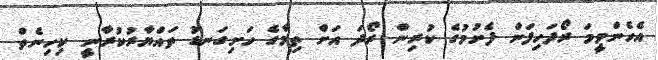
އެހެންވީމަ ރޯދަހިފަން ފެށުމުގެ ކުރިން ރޯދަ އަށް ތިމާގެ ހަށިގަނޑު ތައްޔާރުކުރާނީ ކިހިނެތް